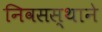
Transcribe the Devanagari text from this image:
निवसस्थाने